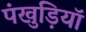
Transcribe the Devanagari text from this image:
पंखुड़ियॉ